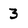
Character: 3